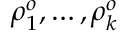
\rho _ { 1 } ^ { o } , \ldots , \rho _ { k } ^ { o }